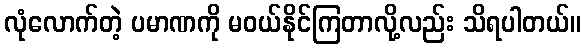
လုံလောက်တဲ့ ပမာဏကို မဝယ်နိုင်ကြတာလို့လည်း သိရပါတယ်။